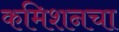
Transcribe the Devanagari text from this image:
कमिशनचा